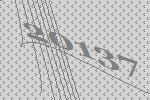
20137